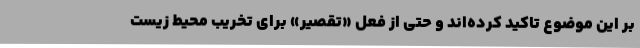
بر این موضوع تاکید کرده‌اند و حتی از فعل «تقصیر» برای تخریب محیط زیست